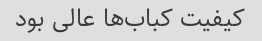
کیفیت کباب‌ها عالی بود